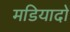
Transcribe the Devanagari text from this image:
मडियादो